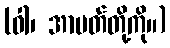
(ဝါ၊ အာပတ်တို့ကို။)